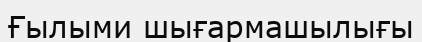
Ғылыми шығармашылығы